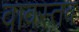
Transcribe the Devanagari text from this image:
वावस्तव